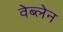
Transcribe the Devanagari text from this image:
वेब्लेन